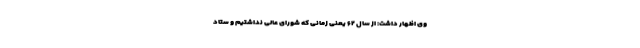
وی اظهار داشت: از سال ۶۲ یعنی زمانی که شورای عالی نداشتیم و ستاد